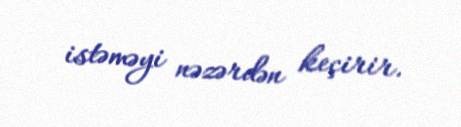
istəməyi nəzərdən keçirir.